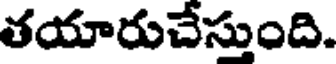
తయారుచేస్తుంది.